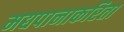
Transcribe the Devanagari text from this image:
मद्यपानाकरिता